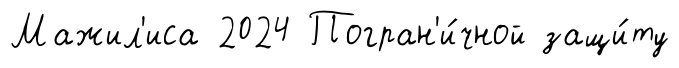
Мажил'иса 2024 Погран'и́чной защи́ту